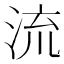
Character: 流